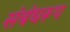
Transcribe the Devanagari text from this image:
संबंधरूप